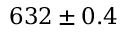
6 3 2 \pm { 0 . 4 }